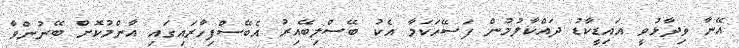
އޭނާ ވިދާޅުވީ އައިޑީކާޑު ދައްކާލުމުން ފަސޭހަކަމާ އެކު ބޭސްލިބޭއިރު އެބޭސްފިހާރައިގައި އާންމުކޮށް ބޭނުންވާ